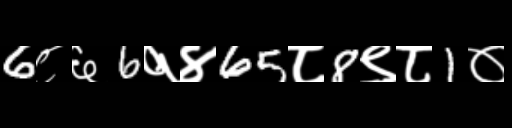
Text: 6८६6१४65८8९८1०